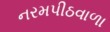
નરમપીઠવાળા